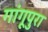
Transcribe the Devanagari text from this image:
गांगूपुरा